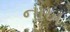
નાખ